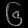
Digit: ၆